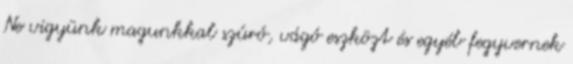
Ne vigyünk magunkkal szúró, vágó eszközt és egyéb fegyvernek